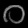
Digit: ၀